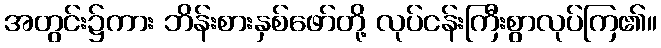
အတွင်း၌ကား ဘိန်းစားနှစ်ဖော်တို့ လုပ်ငန်းကြီးစွာလုပ်ကြ၏။